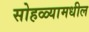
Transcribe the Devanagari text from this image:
सोहळ्यामधील